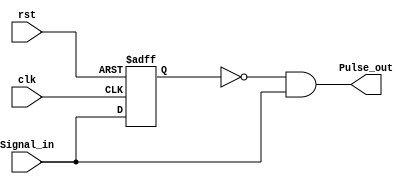
module Pulse_Gen (
    input  wire Signal_in,
    input  wire clk      ,
    input  wire rst      ,
    output wire Pulse_out
);
    reg Q;
    always @(posedge clk or negedge rst) begin
        if (!rst) begin
            Q<='b0;
        end else begin
            Q<=Signal_in;
        end
    end

    assign Pulse_out= ((~Q) & Signal_in);

endmodule